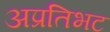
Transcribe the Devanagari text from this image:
अप्रतिभट